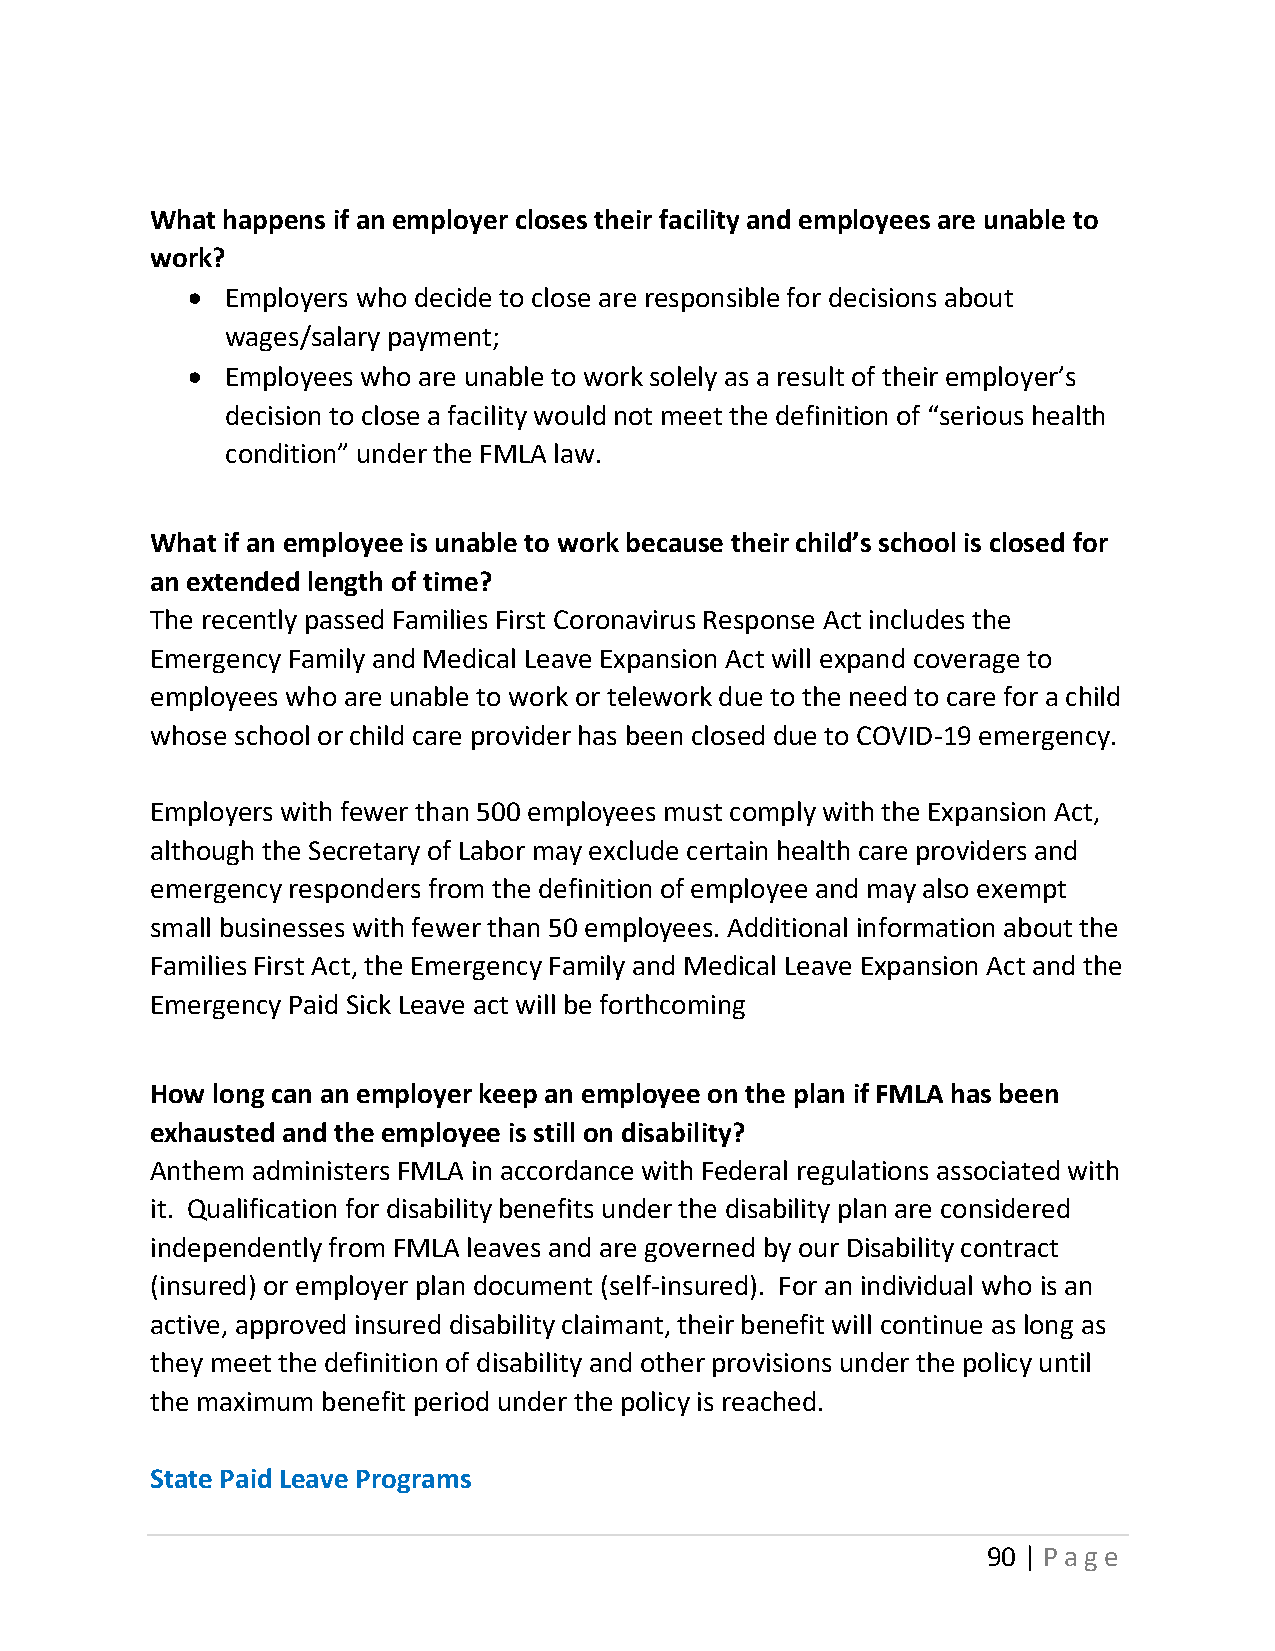
What happens if an employer closes their facility and employees are unable to
 work?
 •  Employers who decide to close are responsible for decisions about
 wages/salary payment;
 •  Employees who are unable to work solely as a result of their employer’s
 decision to close a facility would not meet the definition of “serious health
 condition” under the FMLA law.
 What if an employee is unable to work because their child’s school is closed for
 an extended length of time?
 The recently passed Families First Coronavirus Response Act includes the
 Emergency Family and Medical Leave Expansion Act will expand coverage to
 employees who are unable to work or telework due to the need to care for a child
 whose school or child care provider has been closed due to COVID-19 emergency.
 Employers with fewer than 500 employees must comply with the Expansion Act,
 although the Secretary of Labor may exclude certain health care providers and
 emergency responders from the definition of employee and may also exempt
 small businesses with fewer than 50 employees. Additional information about the
 Families First Act, the Emergency Family and Medical Leave Expansion Act and the
 Emergency Paid Sick Leave act will be forthcoming
 How long can an employer keep an employee on the plan if FMLA has been
 exhausted and the employee is still on disability?
 Anthem administers FMLA in accordance with Federal regulations associated with
 it. Qualification for disability benefits under the disability plan are considered
 independently from FMLA leaves and are governed by our Disability contract
 (insured) or employer plan document (self-insured). For an individual who is an
 active, approved insured disability claimant, their benefit will continue as long as
 they meet the definition of disability and other provisions under the policy until
 the maximum benefit period under the policy is reached.
 State Paid Leave Programs
 90 | Page